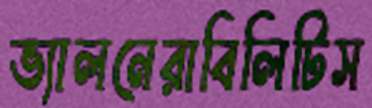
ভ্যালনেরাবিলিটিস